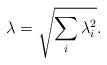
LaTeX: \begin{align*} \lambda = \sqrt{\sum_{i} \lambda_{i}^2}.\end{align*}